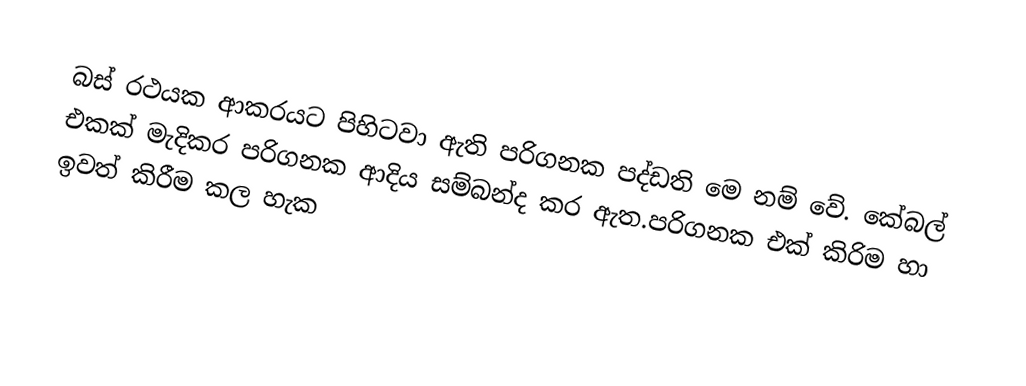
බස් රථයක ආකරයට පිහිටවා ඇති පරිගනක පද්ඩති මෙ නම් වේ. කේබල් එකක් මැදිකර පරිගනක ආදිය සම්බන්ද කර ඇත.පරිගනක එක් කිරිම හා ඉවත් කිරීම කල හැක